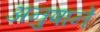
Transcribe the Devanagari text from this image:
अनुषाने